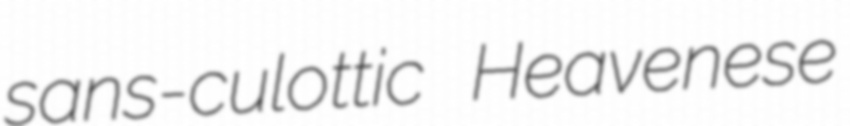
sans-culottic Heavenese